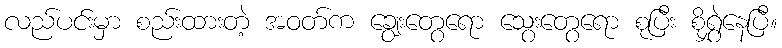
လည်ပင်းမှာ စည်းထားတဲ့ အဝတ်က ချွေးတွေရော သွေးတွေရော စုပြီး စိုရွှဲနေပြီ။